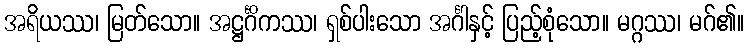
အရိယဿ၊ မြတ်သော။ အဋ္ဌင်္ဂိကဿ၊ ရှစ်ပါးသော အင်္ဂါနှင့် ပြည့်စုံသော။ မဂ္ဂဿ၊ မဂ်၏။